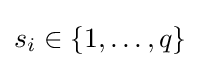
s_{i}\in \{1,\dots ,q\}